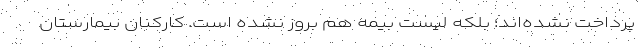
پرداخت نشده‌اند؛ بلکه لیست بیمه هم‌ بروز نشده است. کارکنان بیمارستان